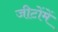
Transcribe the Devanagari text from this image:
जीटोंमें